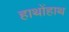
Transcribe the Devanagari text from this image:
हाथोंहाथ